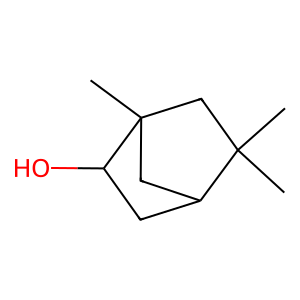
SMILES: CC1(C)CC2(C)CC1CC2O
Inhibits HIV replication: No